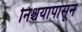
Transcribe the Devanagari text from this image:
निश्चयापासून